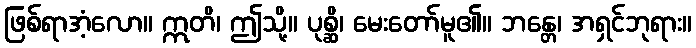
ဖြစ်ရာအံ့လော။ ဣတိ၊ ဤသို့။ ပုစ္ဆိ၊ မေးတော်မူ၏။ ဘန္တေ၊ အရှင်ဘုရား။